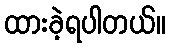
ထားခဲ့ရပါတယ်။